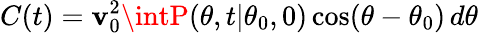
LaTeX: C(t)=\mathbf{v}_{0}^{2}\intP(\theta,t|\theta_{0},0)\, \mathrm{{cos}}(\theta-\theta_{0})\, d\theta